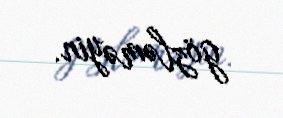
gözləməyin.